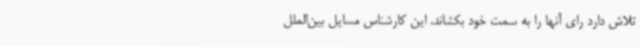
تلاش دارد رای آنها را به سمت خود بکشاند. این کارشناس مسایل بین‌الملل